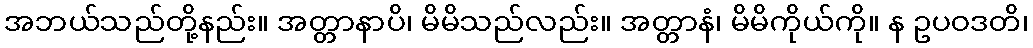
အဘယ်သည်တို့နည်း။ အတ္တာနာပိ၊ မိမိသည်လည်း။ အတ္တာနံ၊ မိမိကိုယ်ကို။ န ဥပဝဒတိ၊